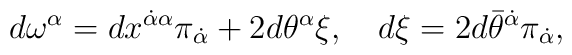
d\omega^{\alpha} =dx^{\dot{\alpha}\alpha }\pi _{\dot{\alpha} }+2d\theta^\alpha \xi ,\quad d\xi =2d\bar{\theta}^{\dot{\alpha} }\pi _{\dot{\alpha}},